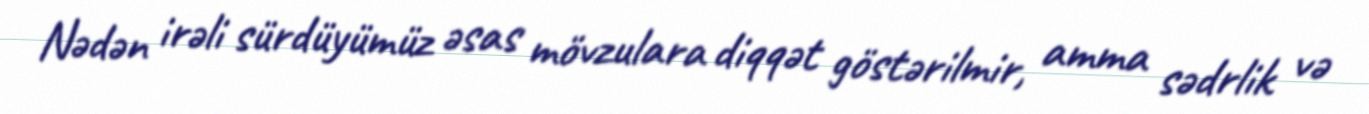
Nədən irəli sürdüyümüz əsas mövzulara diqqət göstərilmir, amma sədrlik və